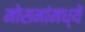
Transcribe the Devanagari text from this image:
मोसमांमध्ये